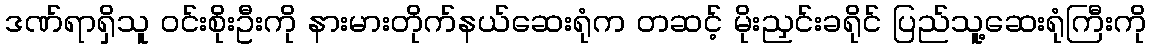
ဒဏ်ရာရှိသူ ဝင်းစိုးဦးကို နားမားတိုက်နယ်ဆေးရုံက တဆင့် မိုးညှင်းခရိုင် ပြည်သူ့ဆေးရုံကြီးကို